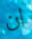
ان